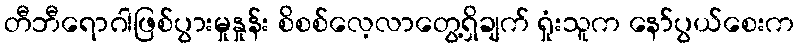
တီဘီရောဂါဖြစ်ပွားမှုနှုန်း စိစစ်လေ့လာတွေ့ရှိချက် ရှုံးသူက နော်ပွယ်စေးက